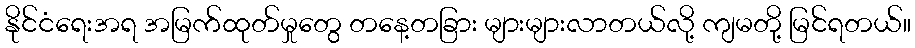
နိုင်ငံရေးအရ အမြက်ထုတ်မှုတွေ တနေ့တခြား များများလာတယ်လို့ ကျမတို့ မြင်ရတယ်။